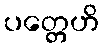
ပတ္တေဟိ